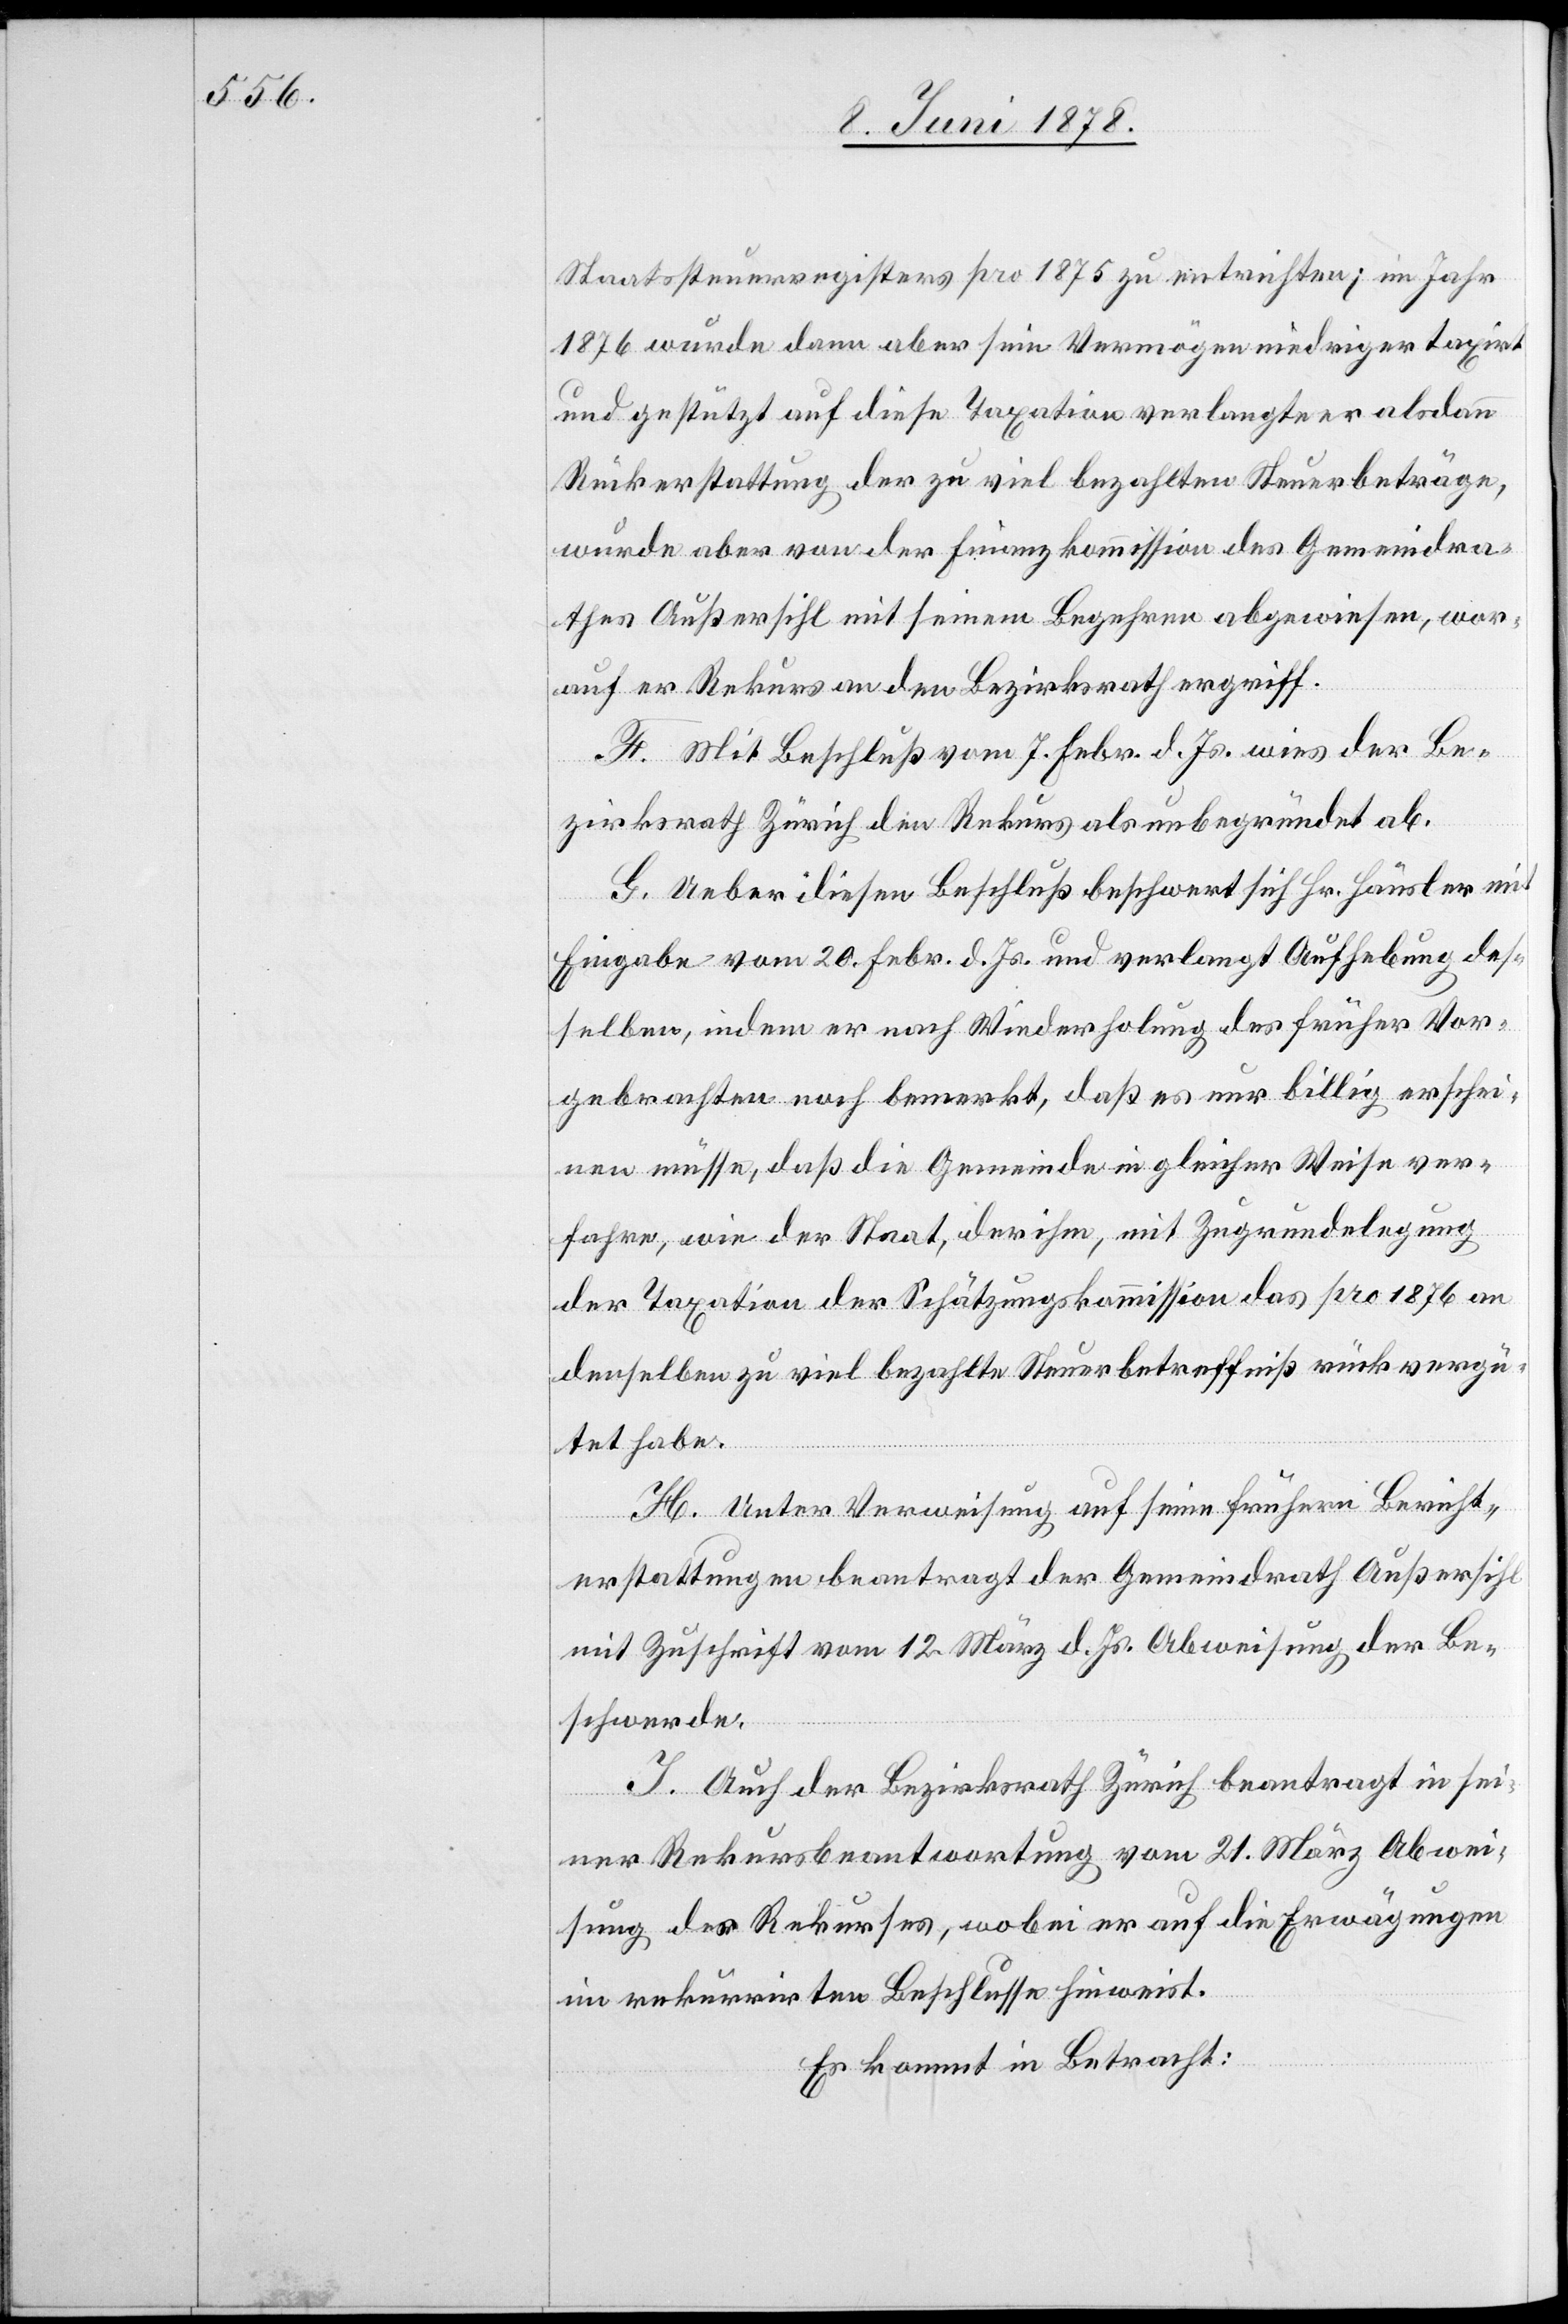
Staatssteuerregisters pro 1875 zu entrichten; im Jahr
1876 wurde dann aber sein Vermögen niedriger taxirt
und gestützt auf diese Taxation verlangte er alsdann
Rückerstattung der zu viel bezahlten Steuerbeträge,
wurde aber von der Finanzkommission des Gemeindra¬
thes Außersihl mit seinem Begehren abgewiesen, wor¬
auf er Rekurs an den Bezirksrath ergriff.
F. Mit Beschluß vom 7. Febr. d. Js. wies der Be¬
zirksrath Zürich den Rekurs als unbegründet ab.
G. Ueber diesen Beschluß beschwert sich Hr. Häusler mit
Eingabe vom 20. Febr. d. Js. und verlangt Aufhebung des¬
selben, indem er nach Wiederholung des früher Vor¬
gebrachten noch bemerkt, daß es nur billig erschei¬
nen müsse, daß die Gemeinde in gleicher Weise ver¬
fahre, wie der Staat, der ihm, mit Zugrundelegung
der Taxation der Schätzungskommission das pro 1876 am
denselben zu viel bezahlte Steuerbetreffniß rückvergü¬
tet habe.
H. Unter Verweisung auf seine frühern Bericht¬
erstattungen beantragt der Gemeindrath Außersihl
mit Zuschrift vom 12. März d. Js. Abweisung der Be¬
schwerde.
I. Auch der Bezirksrath Zürich beantragt in sei¬
ner Rekursbeantwortung vom 21. März Abwei¬
sung des Rekurses, wobei er auf die Erwägungen
im rekurrirten Beschlusse hinweist.
Es kommt in Betracht: